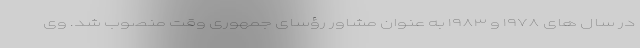
در سال های ۱۹۷۸ و ۱۹۸۳ به عنوان مشاور رؤسای جمهوری وقت منصوب شد. وی